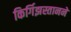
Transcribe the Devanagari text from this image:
किर्गिझस्तानने